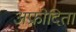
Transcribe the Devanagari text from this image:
अफ्रोदिता